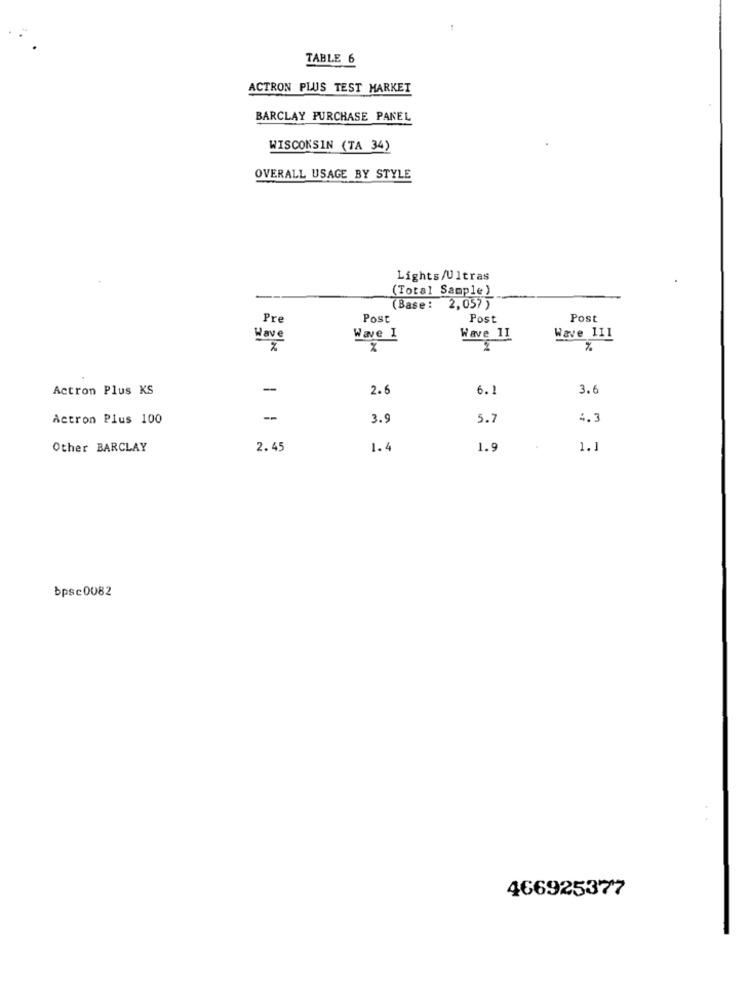
TABLE 6
ACTRON PLUS TEST MARKET
BARCLAY PURCHASE PANEL
WISCONSIN (TA 34)
OVERALL USAGE BY STYLE
Lights/Ultras
(Total Sample)
(Base :
2,057 )
Pre
Post
Post
Post
Have
Wave I
Wave II
Wave 111
%
Actron Plus KS
-
2.6
6.1
3.6
Actron Plus 100
-
3.9
5.7
4.3
Other BARCLAY
2.45
1.4
1.9
1.1
bpsc0082
466925377